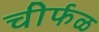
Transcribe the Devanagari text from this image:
चीर्फळ